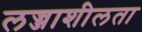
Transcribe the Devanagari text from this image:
लज्जाशीलता